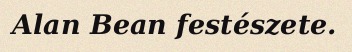
Alan Bean festészete.